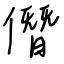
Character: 僭